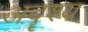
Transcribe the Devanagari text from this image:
अदॄश्य